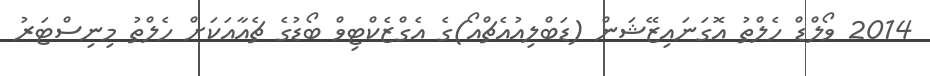
2014 ވޯލްޑް ހެލްތު އޮގަނައިޒޭޝަން (ޑަބްލިއުއެޗްއޯ)ގެ އެގްޒެކްޓިވް ބޯޑުގެ ޗެއާއަކަށް ހެލްތު މިނިސްޓަރު